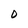
Character: D